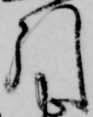
引